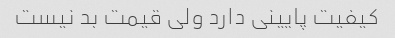
کیفیت پایینی دارد ولی قیمت بد نیست